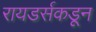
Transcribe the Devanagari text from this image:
रायडर्सकडून